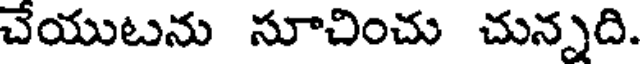
చేయుటను సూచించు చున్నది.